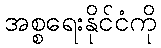
အစ္စရေးနိုင်ငံကို